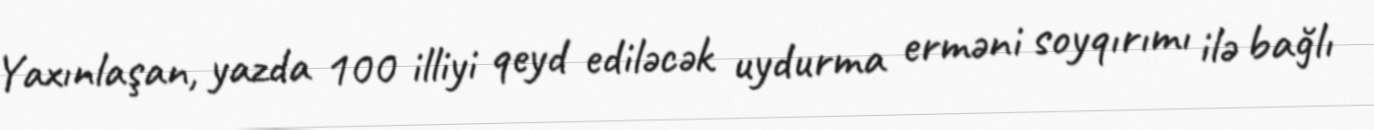
Yaxınlaşan, yazda 100 illiyi qeyd ediləcək uydurma erməni soyqırımı ilə bağlı